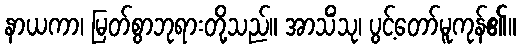
နာယကာ၊ မြတ်စွာဘုရားတို့သည်။ အာသိံသု၊ ပွင့်တော်မူကုန်၏။